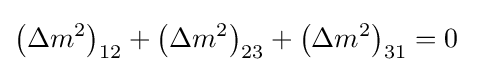
\left(\Delta m^{2}\right)_{12}+\left(\Delta m^{2}\right)_{23}+\left(\Delta m^{2}\right)_{31}=0~